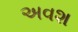
અવશ